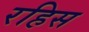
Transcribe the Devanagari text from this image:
रहिस